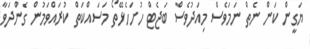
ޔަގީން ކަން ނެތް ނަމަވެސް މިއަދުވެސް ބަޖެޓް ހުށަހެޅޭތޯ މަސައްކަތް ކުރައްވަމުން ގެންދަވާ